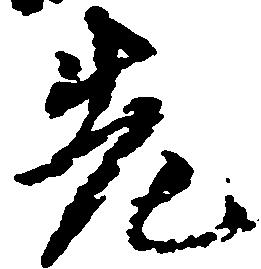
先